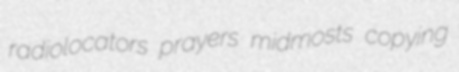
radiolocators prayers midmosts copying